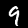
Label: 9